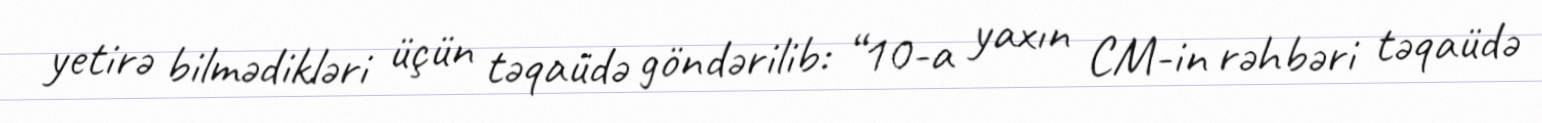
yetirə bilmədikləri üçün təqaüdə göndərilib: “10-a yaxın CM-in rəhbəri təqaüdə